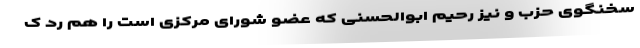
سخنگوی حزب و نیز رحیم ابوالحسنی که عضو شورای مرکزی است را هم رد ک